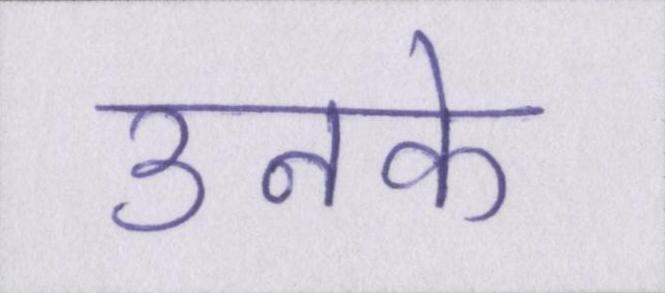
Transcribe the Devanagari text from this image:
उनके